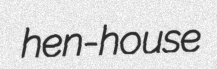
hen-house